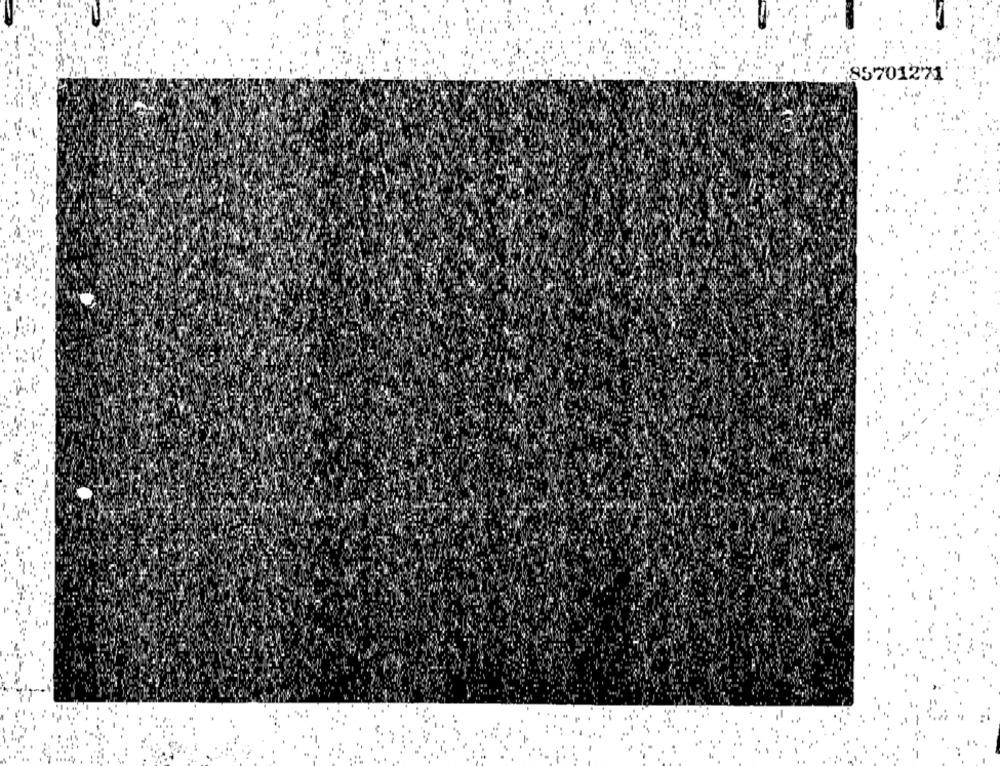
85701271